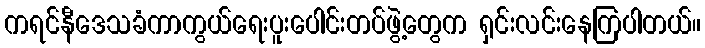
ကရင်နီဒေသခံကာကွယ်ရေးပူးပေါင်းတပ်ဖွဲ့တွေက ရှင်းလင်းနေကြပါတယ်။